Annual statistical returns and brief notes on vaccination in Bengal - 1909-1929
Year: 1909
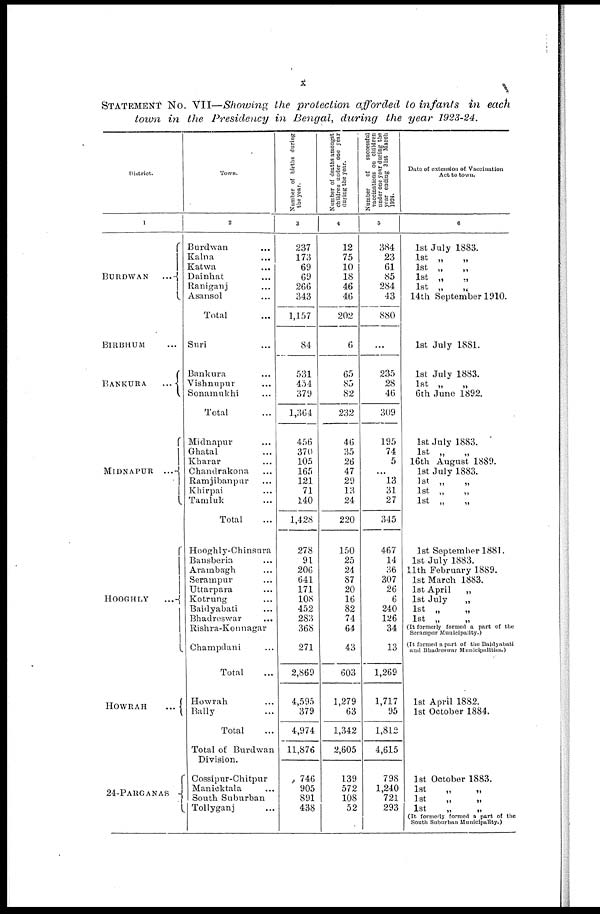
x
STATEMENT No. VII—Showing the protection afforded to infants
in each
town in the Presidency in Bengal, during the year 1923-24.
District.
1
BURDWAN...
BIRBHUM...
BANKURA...
MIDNAPUR...
HOOGHLY...
HOWRAH...
24-PARGANAS
Town.
2
Burdwan...
Kalna...
Katwa...
Dainhat...
Raniganj...
Asansol...
Total...
Suri...
Bankura...
Vishnupur...
Sonamukhi...
Total...
Midnapur...
Ghatal...
Kharar...
Chandrakona...
Ramjibanpur...
Khirpai...
Tamluk...
Total...
Hooghly-Chinsura
Bansberia...
Arambagh...
Serampur...
Uttarpara...
Kotrung...
Baidyabati...
Bhadreswar...
Rishra-Konnagar...
Champdani...
Total...
Howrah...
Bally...
Total...
Total of Burdwan
Cossipur-Chitpur...
Manicktala...
South Suburban...
Tollyganj...
Number of births during
the year.
3
237
173
69
69
266
343
1,157
84
531
454
379
1,364
456
370
105
165
121
71
140
1,428
278
91
206
641
171
108
452
283
368
271
2,869
4,595
379
4,974
11,876
746
905
891
438
Number of deaths amongst
children under one year
during the year.
4
12
75
10
18
46
46
202
6
65
85
82
232
46
35
26
47
29
13
24
220
150
25
24
87
20
16
82
74
64
43
603
1,279
63
1,342
2,605
139
572
108
52
Number
of
successful
vaccinations on children
under one year during the
year ending 31st March
1924.
5
384
23
61
85
284
43
880
...
235
28
46
309
195
74
5
...
13
31
27
345
467
14
36
307
26
6
240
126
34
13
1,269
1,717
95
1,812
4,615
798
1,240
721
293
Date of extension of Vaccination
Act to town.
6
1st July 1883.
1st „
„
1st „
„
1st „
„
1st „
„
14th September 1910.
1st July 1881.
1st July 1883.
1st „
6th June 1892.
1st July 1883.
1st „
„
16th August 1889.
1st July 1883.
1st „
„
1st „
„
1st „ „
1st September 1881.
1st July 1883.
11th February 1889.
1st March 1883.
1st April
„
1st July
„
1st „
„
1st „
„
(It formerly formed a part of the
Serampur Municipality.)
(It formed a part of the Baidyabati
mill Bhudreswar Municipalities.)
1st April 1882.
1st October 1884.
1st October 1883.
1st
„
„
1st
„
„
1st
„
„
(It formerly formed a part of the
South Suburban Municipality.)